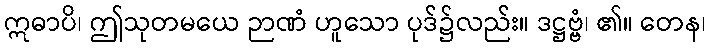
ဣဓာပိ၊ ဤသုတမယေ ဉာဏံ ဟူသော ပုဒ်၌လည်း။ ဒဋ္ဌဗ္ဗံ၊ ၏။ တေန၊